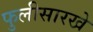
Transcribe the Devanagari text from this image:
फुलीसारखे